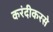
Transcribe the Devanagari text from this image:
करंदीकरसे